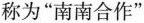
称为”南南合作”